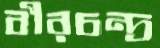
বীরচন্দ্র